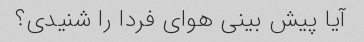
آیا پیش بینی هوای فردا را شنیدی؟